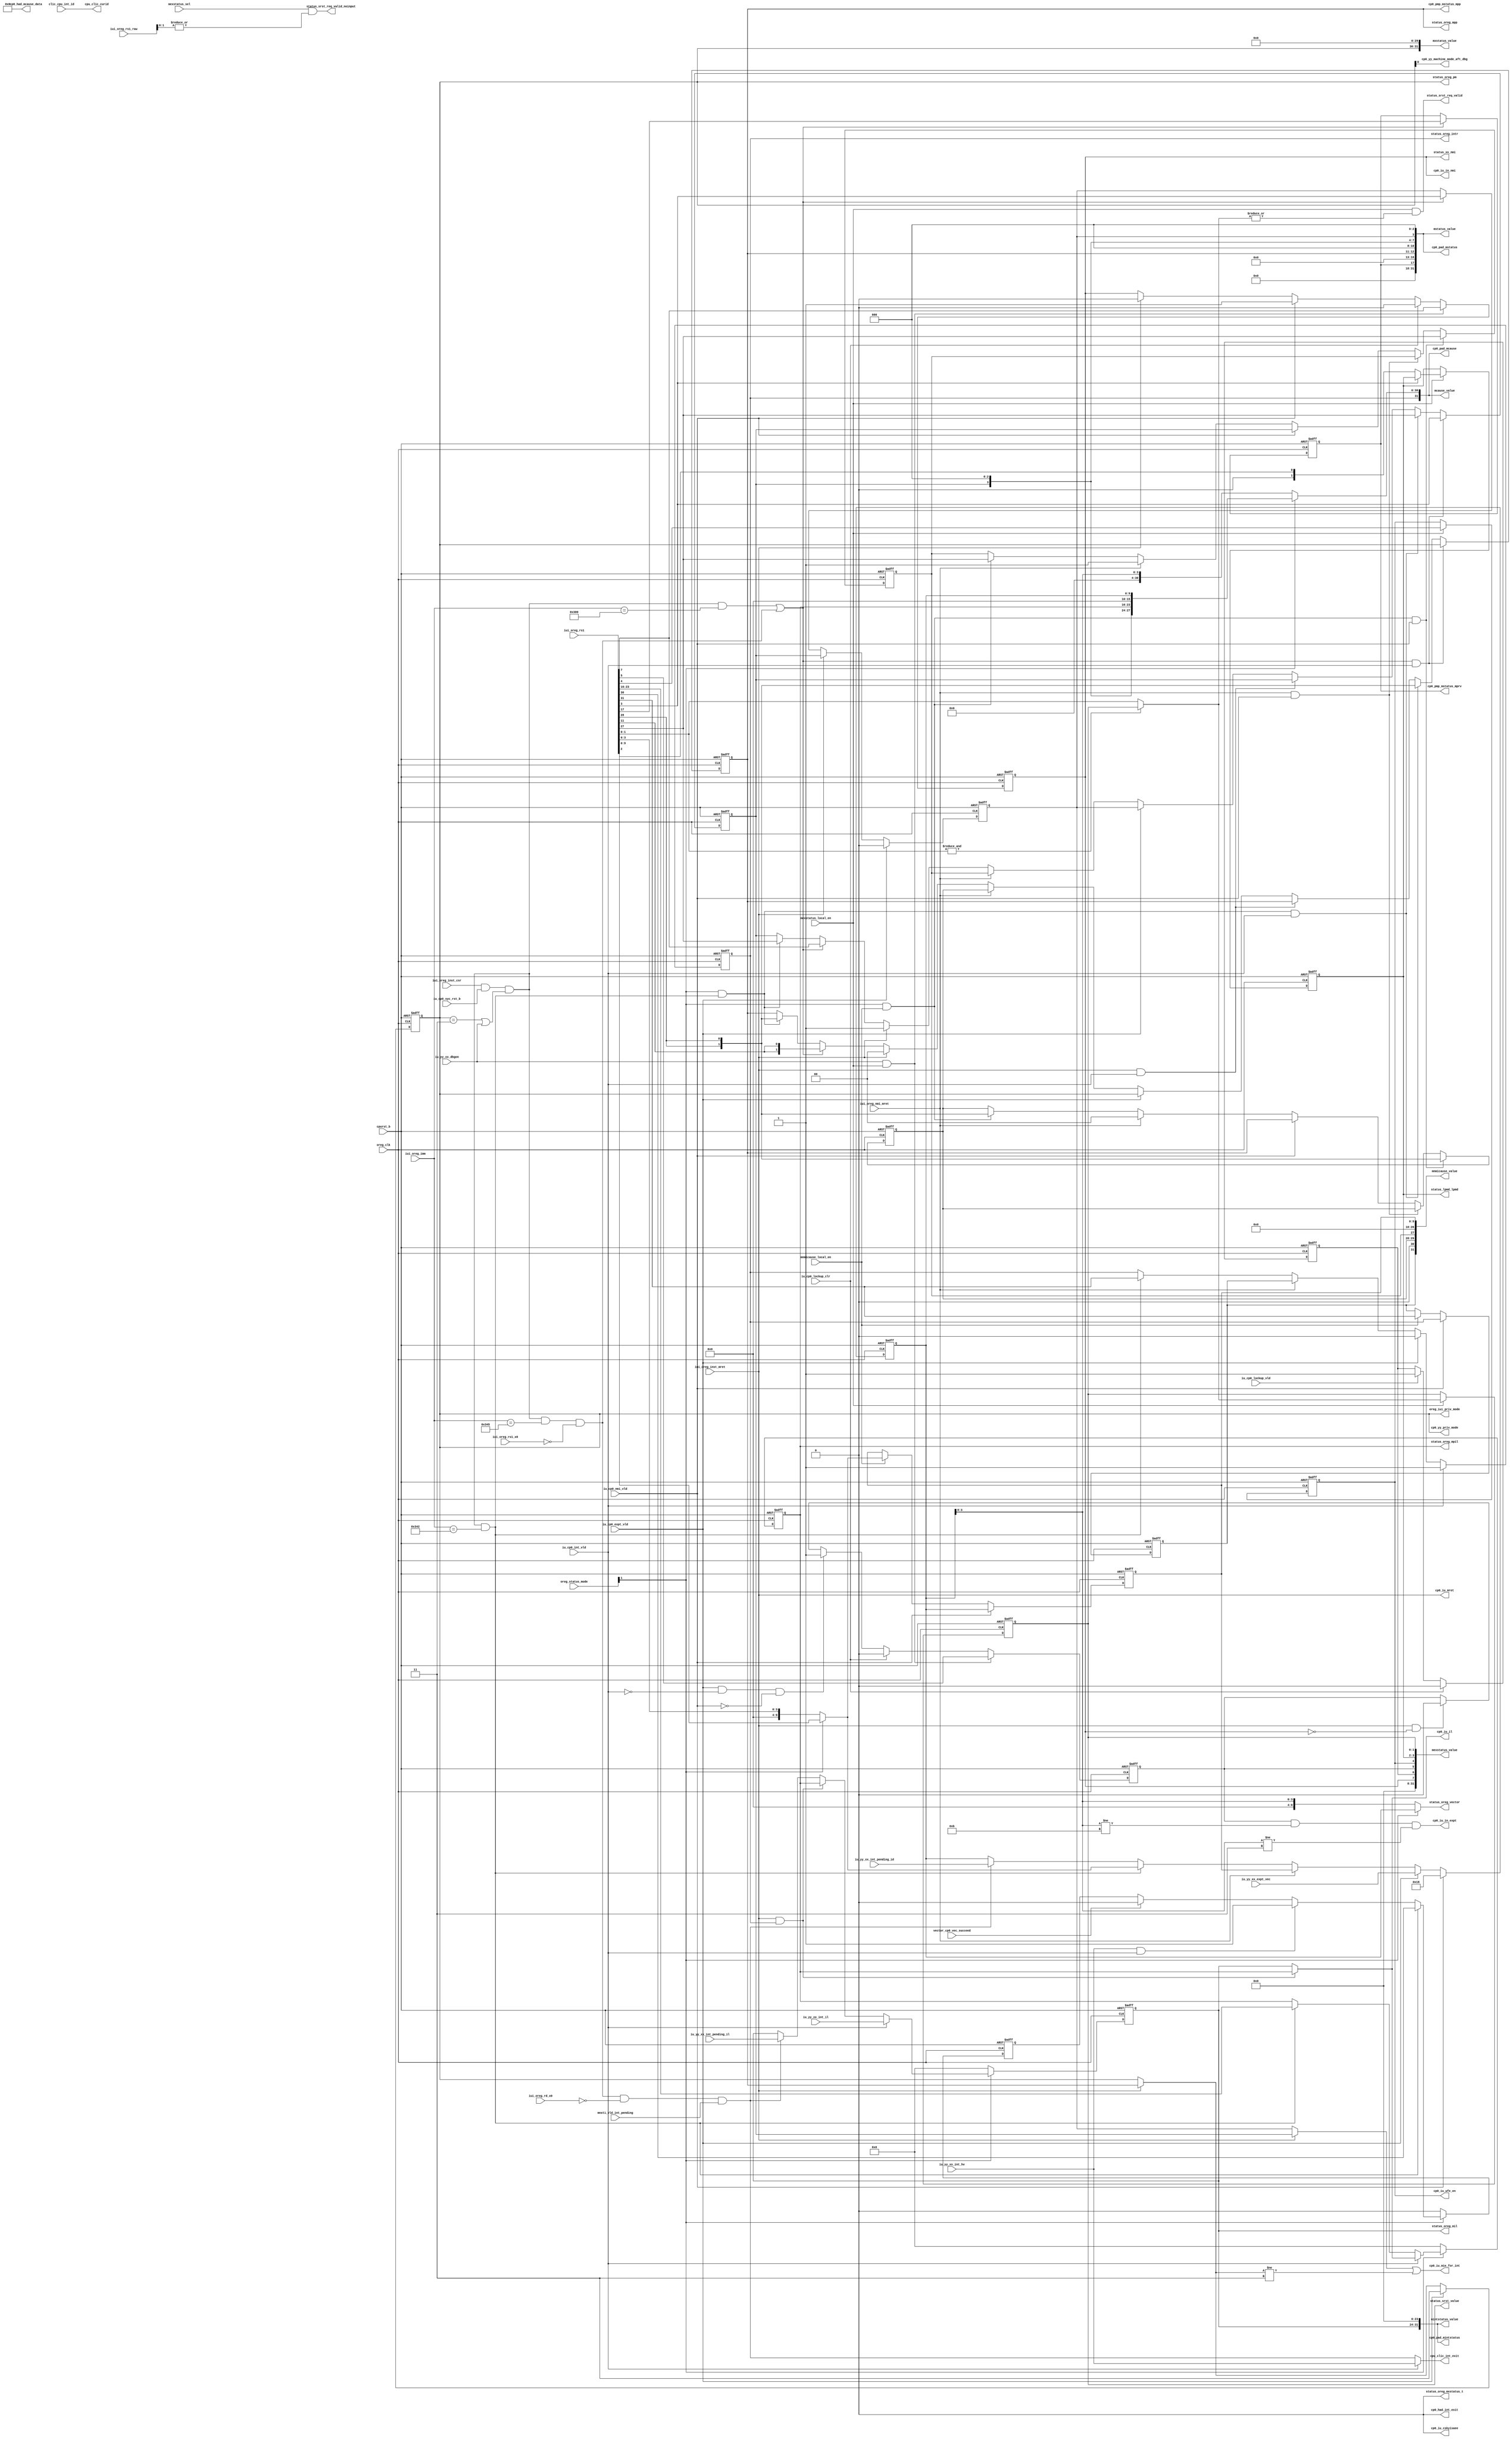
// This program was cloned from: https://github.com/T-head-Semi/opene902
// License: Apache License 2.0

/*Copyright 2018-2021 T-Head Semiconductor Co., Ltd.

Licensed under the Apache License, Version 2.0 (the "License");
you may not use this file except in compliance with the License.
You may obtain a copy of the License at

    http://www.apache.org/licenses/LICENSE-2.0

Unless required by applicable law or agreed to in writing, software
distributed under the License is distributed on an "AS IS" BASIS,
WITHOUT WARRANTIES OR CONDITIONS OF ANY KIND, either express or implied.
See the License for the specific language governing permissions and
limitations under the License.
*/


// &ModuleBeg; @25
module cr_cp0_status(
  clic_cpu_int_id,
  cp0_had_int_exit,
  cp0_had_mcause_data,
  cp0_iu_cskyisaee,
  cp0_iu_il,
  cp0_iu_in_expt,
  cp0_iu_in_nmi,
  cp0_iu_mie_for_int,
  cp0_iu_mret,
  cp0_iu_wfe_en,
  cp0_pad_mcause,
  cp0_pad_mintstatus,
  cp0_pad_mstatus,
  cp0_pmp_mstatus_mpp,
  cp0_pmp_mstatus_mprv,
  cp0_yy_machine_mode_aft_dbg,
  cp0_yy_priv_mode,
  cpu_clic_curid,
  cpu_clic_int_exit,
  cpurst_b,
  iu_cp0_expt_vld,
  iu_cp0_int_vld,
  iu_cp0_lockup_clr,
  iu_cp0_lockup_vld,
  iu_cp0_nmi_vld,
  iu_cp0_syc_rst_b,
  iu_yy_xx_dbgon,
  iu_yy_xx_expt_vec,
  iu_yy_xx_int_hv,
  iu_yy_xx_int_il,
  iu_yy_xx_int_pending_id,
  iu_yy_xx_int_pending_il,
  iui_oreg_imm,
  iui_oreg_inst_csr,
  iui_oreg_inst_mret,
  iui_oreg_nmi_mret,
  iui_oreg_rd_x0,
  iui_oreg_rs1,
  iui_oreg_rs1_raw,
  iui_oreg_rs1_x0,
  mcause_value,
  mexstatus_local_en,
  mexstatus_sel,
  mexstatus_value,
  mintstatus_value,
  mnmicause_local_en,
  mnmicause_value,
  mnxti_vld_int_pending,
  mstatus_value,
  mxstatus_value,
  oreg_clk,
  oreg_iui_priv_mode,
  oreg_status_mode,
  status_lpmd_lpmd,
  status_oreg_intr,
  status_oreg_mil,
  status_oreg_mpil,
  status_oreg_mpp,
  status_oreg_mxstatus_t,
  status_oreg_pm,
  status_oreg_vector,
  status_srst_req_valid,
  status_srst_req_valid_noinput,
  status_srst_value,
  status_xx_nmi,
  vector_cp0_vec_succeed
);

// &Ports; @26
input   [11:0]  clic_cpu_int_id;              
input           cpurst_b;                     
input           iu_cp0_expt_vld;              
input           iu_cp0_int_vld;               
input           iu_cp0_lockup_clr;            
input           iu_cp0_lockup_vld;            
input           iu_cp0_nmi_vld;               
input           iu_cp0_syc_rst_b;             
input           iu_yy_xx_dbgon;               
input   [9 :0]  iu_yy_xx_expt_vec;            
input           iu_yy_xx_int_hv;              
input   [7 :0]  iu_yy_xx_int_il;              
input   [9 :0]  iu_yy_xx_int_pending_id;      
input   [7 :0]  iu_yy_xx_int_pending_il;      
input   [11:0]  iui_oreg_imm;                 
input           iui_oreg_inst_csr;            
input           iui_oreg_inst_mret;           
input           iui_oreg_nmi_mret;            
input           iui_oreg_rd_x0;               
input   [31:0]  iui_oreg_rs1;                 
input   [31:0]  iui_oreg_rs1_raw;             
input           iui_oreg_rs1_x0;              
input           mexstatus_local_en;           
input           mexstatus_sel;                
input           mnmicause_local_en;           
input           mnxti_vld_int_pending;        
input           oreg_clk;                     
input   [1 :0]  oreg_status_mode;             
input           vector_cp0_vec_succeed;       
output          cp0_had_int_exit;             
output  [31:0]  cp0_had_mcause_data;          
output          cp0_iu_cskyisaee;             
output  [7 :0]  cp0_iu_il;                    
output          cp0_iu_in_expt;               
output          cp0_iu_in_nmi;                
output          cp0_iu_mie_for_int;           
output          cp0_iu_mret;                  
output          cp0_iu_wfe_en;                
output  [31:0]  cp0_pad_mcause;               
output  [31:0]  cp0_pad_mintstatus;           
output  [31:0]  cp0_pad_mstatus;              
output  [1 :0]  cp0_pmp_mstatus_mpp;          
output          cp0_pmp_mstatus_mprv;         
output          cp0_yy_machine_mode_aft_dbg;  
output  [1 :0]  cp0_yy_priv_mode;             
output  [11:0]  cpu_clic_curid;               
output          cpu_clic_int_exit;            
output  [31:0]  mcause_value;                 
output  [31:0]  mexstatus_value;              
output  [31:0]  mintstatus_value;             
output  [31:0]  mnmicause_value;              
output  [31:0]  mstatus_value;                
output  [31:0]  mxstatus_value;               
output  [1 :0]  oreg_iui_priv_mode;           
output  [1 :0]  status_lpmd_lpmd;             
output          status_oreg_intr;             
output  [7 :0]  status_oreg_mil;              
output  [7 :0]  status_oreg_mpil;             
output  [1 :0]  status_oreg_mpp;              
output          status_oreg_mxstatus_t;       
output  [1 :0]  status_oreg_pm;               
output  [9 :0]  status_oreg_vector;           
output          status_srst_req_valid;        
output          status_srst_req_valid_noinput; 
output  [1 :0]  status_srst_value;            
output          status_xx_nmi;                

// &Regs; @27
reg             intr;                         
reg             mexstatus_expt_vld;           
reg             mexstatus_lockup_vld;         
reg     [1 :0]  mexstatus_lpmd;               
reg             mexstatus_nmi_vld;            
reg     [1 :0]  mexstatus_reset_mode;         
reg             mexstatus_wfe_en;             
reg             mie;                          
reg     [7 :0]  mil;                          
reg             minhv;                        
reg             mpie;                         
reg     [7 :0]  mpil;                         
reg     [1 :0]  mpp;                          
reg             mprv;                         
reg             nmi_intr;                     
reg             nmi_mpie;                     
reg     [1 :0]  nmi_mpp;                      
reg     [9 :0]  nmi_vector;                   
reg     [1 :0]  pm;                           
reg     [9 :0]  vector;                       

// &Wires; @28
wire    [11:0]  clic_cpu_int_id;              
wire            cp0_had_int_exit;             
wire    [31:0]  cp0_had_mcause_data;          
wire            cp0_iu_cskyisaee;             
wire    [7 :0]  cp0_iu_il;                    
wire            cp0_iu_in_expt;               
wire            cp0_iu_in_nmi;                
wire            cp0_iu_mie_for_int;           
wire            cp0_iu_mret;                  
wire            cp0_iu_wfe_en;                
wire    [31:0]  cp0_pad_mcause;               
wire    [31:0]  cp0_pad_mintstatus;           
wire    [31:0]  cp0_pad_mstatus;              
wire    [1 :0]  cp0_pmp_mstatus_mpp;          
wire            cp0_pmp_mstatus_mprv;         
wire            cp0_yy_machine_mode_aft_dbg;  
wire    [1 :0]  cp0_yy_priv_mode;             
wire    [11:0]  cpu_clic_curid;               
wire            cpu_clic_int_exit;            
wire            cpurst_b;                     
wire            csr_wen;                      
wire            hw_vector_clic_on;            
wire            iu_cp0_expt_vld;              
wire            iu_cp0_int_vld;               
wire            iu_cp0_lockup_clr;            
wire            iu_cp0_lockup_vld;            
wire            iu_cp0_nmi_vld;               
wire            iu_cp0_syc_rst_b;             
wire            iu_yy_xx_dbgon;               
wire    [9 :0]  iu_yy_xx_expt_vec;            
wire            iu_yy_xx_int_hv;              
wire    [7 :0]  iu_yy_xx_int_il;              
wire    [9 :0]  iu_yy_xx_int_pending_id;      
wire    [7 :0]  iu_yy_xx_int_pending_il;      
wire    [11:0]  iui_oreg_imm;                 
wire            iui_oreg_inst_csr;            
wire            iui_oreg_inst_mret;           
wire            iui_oreg_nmi_mret;            
wire            iui_oreg_rd_x0;               
wire    [31:0]  iui_oreg_rs1;                 
wire    [31:0]  iui_oreg_rs1_raw;             
wire            iui_oreg_rs1_x0;              
wire    [1 :0]  lpmd_in;                      
wire            mcause_local_en;              
wire    [31:0]  mcause_value;                 
wire            mexstatus_local_en;           
wire            mexstatus_sel;                
wire    [31:0]  mexstatus_value;              
wire            mie_bypass;                   
wire    [7 :0]  mil_bypass;                   
wire    [31:0]  mintstatus_value;             
wire            mnmicause_local_en;           
wire    [31:0]  mnmicause_value;              
wire            mnxti_local_en;               
wire            mnxti_mstatus_local_en;       
wire            mnxti_vld_int_pending;        
wire    [1 :0]  mode;                         
wire            mstatus_local_en;             
wire    [31:0]  mstatus_value;                
wire            mxstatus_cskyisaee;           
wire            mxstatus_mspe;                
wire            mxstatus_t;                   
wire    [31:0]  mxstatus_value;               
wire            oreg_clk;                     
wire    [1 :0]  oreg_iui_priv_mode;           
wire    [1 :0]  oreg_status_mode;             
wire    [1 :0]  pm_bypass;                    
wire    [1 :0]  reset_mode_in;                
wire            status_in_nmi;                
wire    [1 :0]  status_lpmd_lpmd;             
wire            status_oreg_intr;             
wire    [7 :0]  status_oreg_mil;              
wire    [7 :0]  status_oreg_mpil;             
wire    [1 :0]  status_oreg_mpp;              
wire            status_oreg_mxstatus_t;       
wire    [1 :0]  status_oreg_pm;               
wire    [9 :0]  status_oreg_vector;           
wire            status_srst_req_valid;        
wire            status_srst_req_valid_noinput; 
wire    [1 :0]  status_srst_value;            
wire            status_xx_nmi;                
wire            vector_cp0_vec_succeed;       

parameter MSTATUS   = 12'h300;
parameter MCAUSE    = 12'h342;
parameter MNXTI     = 12'h345;
parameter MXSTATUS  = 12'h7c0;

assign csr_wen                = iui_oreg_inst_csr 
                                && iu_cp0_syc_rst_b 
                                && ((pm[1:0] == 2'b11) || iu_yy_xx_dbgon);

//===============
// csr write en 
//===============
assign mstatus_local_en       = (csr_wen && iui_oreg_imm[11:0] == MSTATUS) 
                                || (mnxti_mstatus_local_en);
assign mnxti_local_en         = mnxti_mstatus_local_en
                                && !iui_oreg_rd_x0;
assign mnxti_mstatus_local_en = csr_wen 
                                && (iui_oreg_imm[11:0] == MNXTI) 
                                && !iui_oreg_rs1_x0;
assign mode[1:0]              = oreg_status_mode[1:0];
assign mcause_local_en        = csr_wen && iui_oreg_imm[11:0] == MCAUSE;
// no further had update the status register when exit debug mode
//==========================================================
//               Define the MSTATUS register
//==========================================================
always @(posedge oreg_clk or negedge cpurst_b)
begin
  if(!cpurst_b)
    mpie <= 1'b0;
  else if(mstatus_local_en && iu_cp0_int_vld)
    mpie <= iui_oreg_rs1[3];
  else if((mode[1]==1'b1) && mcause_local_en && iu_cp0_int_vld)
    mpie <=iui_oreg_rs1[27];
  else if(iui_oreg_inst_mret && iu_cp0_int_vld)
    mpie <= mpie;
  else if(iu_cp0_expt_vld)
    mpie <= mie;
  else if(iui_oreg_nmi_mret)
    mpie <= nmi_mpie;
  else if(iui_oreg_inst_mret)
    mpie <= 1'b1;
  else if(mstatus_local_en)
    mpie <= iui_oreg_rs1[7];
  else if((mode[1]==1'b1) && mcause_local_en)
    mpie <=iui_oreg_rs1[27];
  else
    mpie <= mpie;
end

always @(posedge oreg_clk or negedge cpurst_b)
begin
  if(!cpurst_b)
    nmi_mpie <= 1'b0;
  else if((mode[1]==1'b1) && mnmicause_local_en && iu_cp0_nmi_vld)
    nmi_mpie <=iui_oreg_rs1[27];
  else if(iui_oreg_nmi_mret && iu_cp0_nmi_vld)
    nmi_mpie <= nmi_mpie;
  else if(iu_cp0_nmi_vld)
    nmi_mpie <= mpie;
  else if(iui_oreg_nmi_mret)
    nmi_mpie <= 1'b1;
  else if((mode[1]==1'b1) && mnmicause_local_en)
    nmi_mpie <=iui_oreg_rs1[27];
  else
    nmi_mpie <= nmi_mpie;
end
always @(posedge oreg_clk or negedge cpurst_b)
begin
  if(!cpurst_b)
    mpp[1:0] <= 2'b11;
  else if(mstatus_local_en && iu_cp0_int_vld)
    mpp[1:0] <= pm[1:0];
  else if((mode[1]==1'b1) && mcause_local_en && iu_cp0_int_vld)
    mpp[1:0] <= {2{iui_oreg_rs1[28]}};
  else if(iui_oreg_inst_mret && iu_cp0_int_vld)
    mpp[1:0] <= mpp[1:0];
  else if(iu_cp0_expt_vld)
    mpp[1:0] <= pm[1:0];
  else if(iui_oreg_nmi_mret)
    mpp[1:0] <= nmi_mpp[1:0];
  else if(iui_oreg_inst_mret)
    mpp[1:0] <= 2'b00;
  else if(mstatus_local_en)
    mpp[1:0] <= {2{iui_oreg_rs1[11]}};
  else if((mode[1]==1'b1) && mcause_local_en)
    mpp[1:0] <= {2{iui_oreg_rs1[28]}};
  else
    mpp[1:0] <= mpp[1:0];
end

always @(posedge oreg_clk or negedge cpurst_b)
begin
  if(!cpurst_b)
    nmi_mpp[1:0] <= 2'b11;
  else if((mode[1]==1'b1) && mnmicause_local_en && iu_cp0_nmi_vld)
    nmi_mpp[1:0] <= {2{iui_oreg_rs1[28]}};
  else if(iui_oreg_nmi_mret && iu_cp0_nmi_vld)
    nmi_mpp[1:0] <= nmi_mpp[1:0];
  else if(iu_cp0_nmi_vld)
    nmi_mpp[1:0] <= mpp[1:0];
  else if(iui_oreg_nmi_mret)
    nmi_mpp[1:0] <= 2'b00;
  else if((mode[1]==1'b1) && mnmicause_local_en)
    nmi_mpp[1:0] <= {2{iui_oreg_rs1[28]}};
  else
    nmi_mpp[1:0] <= nmi_mpp[1:0];
end
always @(posedge oreg_clk or negedge cpurst_b)
begin
  if(!cpurst_b)
    mprv <= 1'b0;
  else if(mstatus_local_en)
    mprv <= iui_oreg_rs1[17];
  else
    mprv <= mprv;
end

always @(posedge oreg_clk or negedge cpurst_b)
begin
  if(!cpurst_b)
    pm[1:0] <= 2'b11;
  else if(iu_cp0_expt_vld)
    pm[1:0] <= 2'b11;
  else if(iui_oreg_inst_mret)
    pm[1:0] <= mpp[1:0];
  else
    pm[1:0] <= pm[1:0];
end
assign pm_bypass[1:0] = iui_oreg_inst_mret ? mpp[1:0]
                                           : pm[1:0];

always @(posedge oreg_clk or negedge cpurst_b)
begin
  if(!cpurst_b)
    mie <= 1'b0;
  else if(iu_cp0_expt_vld)
    mie <= 1'b0;
  else if(iui_oreg_inst_mret)
    mie <= mpie;
  else if(mstatus_local_en)
    mie <= iui_oreg_rs1[3];
  else
    mie <= mie;
end
assign mie_bypass = iui_oreg_inst_mret ? mpie
                                       : mie;
// &Force("output", "mstatus_value"); @193
assign mstatus_value[31:0]  = {13'b0,1'b0,mprv,4'b0,mpp[1:0],3'b0, mpie, 3'b0, mie, 3'b0};
//==========================================================
//               Define the MCAUSE register
//==========================================================
always @(posedge oreg_clk or negedge cpurst_b)
begin
  if(!cpurst_b)
    intr <= 1'b0;
   else if(iu_cp0_int_vld)
    intr <= 1'b1;
  else if(iu_cp0_expt_vld)
    intr <= 1'b0;
  else if(iui_oreg_nmi_mret)
    intr <= nmi_intr;
  else if(mcause_local_en)
    intr <= iui_oreg_rs1[31];
  else
    intr <= intr;
end

assign status_oreg_intr = intr;

// When NMI hit, intr backuped in nmi_intr.
always @(posedge oreg_clk or negedge cpurst_b)
begin
  if(!cpurst_b)
    nmi_intr <= 1'b0;
  else if(iu_cp0_nmi_vld)
    nmi_intr <= intr;
  else if(mnmicause_local_en)
    nmi_intr <= iui_oreg_rs1[31];
  else
    nmi_intr <= nmi_intr;
end

always @(posedge oreg_clk or negedge cpurst_b)
begin
  if(!cpurst_b)
    vector[9:0] <= 10'b0;
  else if (iu_cp0_nmi_vld)
    vector[9:0] <= 10'd24;
  else if(iu_cp0_expt_vld)
    vector[9:0] <= {iu_yy_xx_expt_vec[9:0]};
  else if(iui_oreg_nmi_mret)
    vector[9:0] <= nmi_vector[9:0];
  else if(mcause_local_en)
    vector[9:0] <= (mode[1]==1'b1) ? iui_oreg_rs1[9:0] : {6'b0,iui_oreg_rs1[3:0]};
  else if(mnxti_local_en && mnxti_vld_int_pending)
    vector[9:0] <= iu_yy_xx_int_pending_id[9:0];
  else
    vector[9:0] <= vector[9:0];
end
assign status_oreg_vector[9:0] = (mode[1]==1'b1) ? vector[9:0] :{6'b0,vector[3:0]};

// When NMI hit, vector backuped in nmi_vector.
always @(posedge oreg_clk or negedge cpurst_b)
begin
  if(!cpurst_b)
    nmi_vector[9:0] <= 10'b0;
  else if(iu_cp0_nmi_vld)
    nmi_vector[9:0] <= vector[9:0];
  else if(mnmicause_local_en)
    nmi_vector[9:0] <= (mode[1]==1'b1) ? iui_oreg_rs1[9:0] : {6'b0,iui_oreg_rs1[3:0]};
  else
    nmi_vector[9:0] <= nmi_vector[9:0];
end
// &Force("bus", "iu_yy_xx_expt_vec", 9, 0); @262

always @(posedge oreg_clk or negedge cpurst_b)
begin
  if(!cpurst_b)
    minhv <= 1'b0;
  else if(mode[1]==1'b0)//Orignal vec mode
    minhv <=1'b0;
  else if(mcause_local_en)
    minhv <= iui_oreg_rs1[30];
  else if(hw_vector_clic_on)//CLICmode
    minhv <= 1'b1;
  else if(vector_cp0_vec_succeed)
    minhv <= 1'b0;
end
assign hw_vector_clic_on = iu_yy_xx_int_hv && iu_cp0_int_vld;
always @(posedge oreg_clk or negedge cpurst_b)
begin
  if(!cpurst_b)
    mpil[7:0] <= 8'b0;
  else if(mode[1]==1'b0)
    mpil[7:0] <= 8'b0;
  else if(iu_cp0_int_vld)
    mpil[7:0] <= mil_bypass[7:0];
  else if(mcause_local_en)
    mpil[7:0] <= iui_oreg_rs1[23:16];
  else
    mpil[7:0] <= mpil[7:0];
end
assign status_oreg_mpil[7:0] = mpil[7:0];
assign mcause_value[31:0]    = mode[1] ? {intr, minhv, mpp[1:0], mpie, 3'b0, 
                                          mpil[7:0], 6'b0, vector[9:0]}
                                       : {intr,27'b0,vector[3:0]};
assign mnmicause_value[31:0] = {nmi_intr, 1'b0, nmi_mpp[1:0], nmi_mpie, 3'b0,
                                8'b0, 6'b0, nmi_vector[9:0]};
// &Force("output", "mcause_value"); @315

always @(posedge oreg_clk or negedge cpurst_b)
begin
  if(!cpurst_b)
    mil[7:0] <= 8'b0;
  else if(mode[1]==1'b0)
    mil[7:0] <= 8'b0;
   else if(iu_cp0_int_vld)
    mil[7:0] <= iu_yy_xx_int_il[7:0];
  else if(iui_oreg_inst_mret && intr)
    mil[7:0] <= mpil[7:0];
  else if(mnxti_local_en && mnxti_vld_int_pending)
    mil[7:0] <= iu_yy_xx_int_pending_il[7:0];
  else
    mil[7:0] <= mil[7:0];
end
assign mil_bypass[7:0] = iui_oreg_inst_mret && intr ? mpil[7:0]
                                                    : mil[7:0];
assign status_oreg_mil[7:0] = mil[7:0];
assign mintstatus_value[31:0] = {mil[7:0],24'b0};
// &Force("output","mintstatus_value"); @337
//===========================================
// interface to iu
//===========================================
assign cp0_iu_mie_for_int            = mie_bypass || (pm_bypass[1:0] != 2'b11);
assign cp0_iu_il[7:0]                = mil_bypass[7:0];
//===========================================
// interface to other module
//===========================================
assign status_oreg_pm[1:0]           = pm[1:0];
assign status_oreg_mpp[1:0]          = mpp[1:0];
assign cp0_yy_priv_mode[1:0]         = pm[1:0];
assign cp0_yy_machine_mode_aft_dbg   = pm[0];
assign cp0_pmp_mstatus_mpp[1:0]      = mpp[1:0];
assign cp0_pmp_mstatus_mprv          = mprv;
assign cp0_had_mcause_data[31:0]     = 32'b0;
//when TEE not implemented, this signal is not needed
assign cp0_had_int_exit              = 1'b0;
//===========================================
//  to pad
//===========================================
assign cp0_pad_mstatus[31:0]         = mstatus_value[31:0];
assign cp0_pad_mcause[31:0]          = mcause_value[31:0];
assign cp0_pad_mintstatus[31:0]      = mintstatus_value[31:0];
// to oreg 
assign status_oreg_mxstatus_t       = mxstatus_t;
assign oreg_iui_priv_mode[1:0]       = pm[1:0];
assign mxstatus_t                   = 1'b0;
assign cpu_clic_int_exit             = iu_cp0_int_vld ? iu_yy_xx_int_hv
                                                      : mnxti_local_en && mnxti_vld_int_pending;
assign cpu_clic_curid[11:0]         = clic_cpu_int_id[11:0];

//==========================================================
//               Define the MXSTATUS register
//==========================================================
// &Force("output","mxstatus_mspe"); @398
assign mxstatus_mspe = 1'b0;
assign mxstatus_cskyisaee = 1'b0;
assign mxstatus_value[31:0]  = {pm[1:0],5'b0,mxstatus_mspe,1'b0,mxstatus_cskyisaee,22'b0};
assign cp0_iu_cskyisaee = mxstatus_cskyisaee;

//==========================================================
//               Define the MEXSTATUS register
//==========================================================
assign reset_mode_in[1:0] = (&iui_oreg_rs1[1:0]) ? mexstatus_reset_mode[1:0] : iui_oreg_rs1[1:0];
assign lpmd_in[1:0]       = iui_oreg_rs1[3] ? mexstatus_lpmd[1:0] : iui_oreg_rs1[3:2];
always @(posedge oreg_clk or negedge cpurst_b)
begin
  if (!cpurst_b)
  begin
    mexstatus_reset_mode[1:0] <= 2'b0;
    mexstatus_lpmd[1:0]       <= 2'b0;
    mexstatus_wfe_en          <= 1'b1;
  end
  else if(mexstatus_local_en)
  begin
    mexstatus_reset_mode[1:0] <= reset_mode_in[1:0];
    mexstatus_lpmd[1:0]       <= lpmd_in[1:0];
    mexstatus_wfe_en          <= iui_oreg_rs1[4];
  end
  else
  begin
    mexstatus_reset_mode[1:0] <= mexstatus_reset_mode[1:0];
    mexstatus_lpmd[1:0]       <= mexstatus_lpmd[1:0];
    mexstatus_wfe_en          <= mexstatus_wfe_en;
  end
end

always @(posedge oreg_clk or negedge cpurst_b)
begin
  if (!cpurst_b)
    mexstatus_expt_vld <= 1'b0;
  else if(iu_yy_xx_dbgon && mexstatus_local_en)
    mexstatus_expt_vld <= iui_oreg_rs1[5];
  else if(iu_cp0_lockup_clr)
    mexstatus_expt_vld <= 1'b0;
  else if(iu_cp0_expt_vld && !iu_cp0_int_vld && !iu_cp0_nmi_vld)
    mexstatus_expt_vld <= 1'b1;
  else if(iui_oreg_inst_mret && !mexstatus_nmi_vld)
    mexstatus_expt_vld <= 1'b0;
  else
    mexstatus_expt_vld <= mexstatus_expt_vld;
end

always @(posedge oreg_clk or negedge cpurst_b)
begin
  if (!cpurst_b)
    mexstatus_nmi_vld <= 1'b0;
  else if(iu_yy_xx_dbgon && mexstatus_local_en)
    mexstatus_nmi_vld <= iui_oreg_rs1[7];
  else if(iu_cp0_lockup_clr)
    mexstatus_nmi_vld <= 1'b0;
  else if(iu_cp0_nmi_vld)
    mexstatus_nmi_vld <= 1'b1;
  else if(iui_oreg_inst_mret)
    mexstatus_nmi_vld <= 1'b0;
  else
    mexstatus_nmi_vld <= mexstatus_nmi_vld;
end
assign status_in_nmi = mexstatus_nmi_vld;

always @(posedge oreg_clk or negedge cpurst_b)
begin
  if (!cpurst_b)
    mexstatus_lockup_vld <= 1'b0;
  else if(iu_cp0_lockup_clr)
    mexstatus_lockup_vld <= 1'b0;
  else if(iu_cp0_lockup_vld)
    mexstatus_lockup_vld <= 1'b1;
  else
    mexstatus_lockup_vld <= mexstatus_lockup_vld;
end

assign mexstatus_value[31:0]  = {24'b0, mexstatus_nmi_vld, mexstatus_lockup_vld, mexstatus_expt_vld, mexstatus_wfe_en,
                                 mexstatus_lpmd[1:0], mexstatus_reset_mode[1:0]};

assign status_lpmd_lpmd[1:0]  = mexstatus_lpmd[1:0];

assign status_srst_req_valid  = mexstatus_local_en && (|reset_mode_in[1:0]);
assign status_srst_req_valid_noinput = mexstatus_sel && (|iui_oreg_rs1_raw[1:0]);
// &Force("bus", "iui_oreg_rs1_raw", 31, 0); @497

assign status_srst_value[1:0] = mexstatus_reset_mode[1:0];
assign cp0_iu_wfe_en = mexstatus_wfe_en;

assign cp0_iu_in_expt = mexstatus_expt_vld && vector[3:0] != 4'd11 && vector[3:0] != 4'd3;
assign cp0_iu_in_nmi   = status_in_nmi;
assign status_xx_nmi   = status_in_nmi;
assign cp0_iu_mret     = iui_oreg_inst_mret;

// &ModuleEnd; @507
endmodule